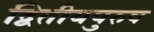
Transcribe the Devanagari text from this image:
द्वितीयपुरुष